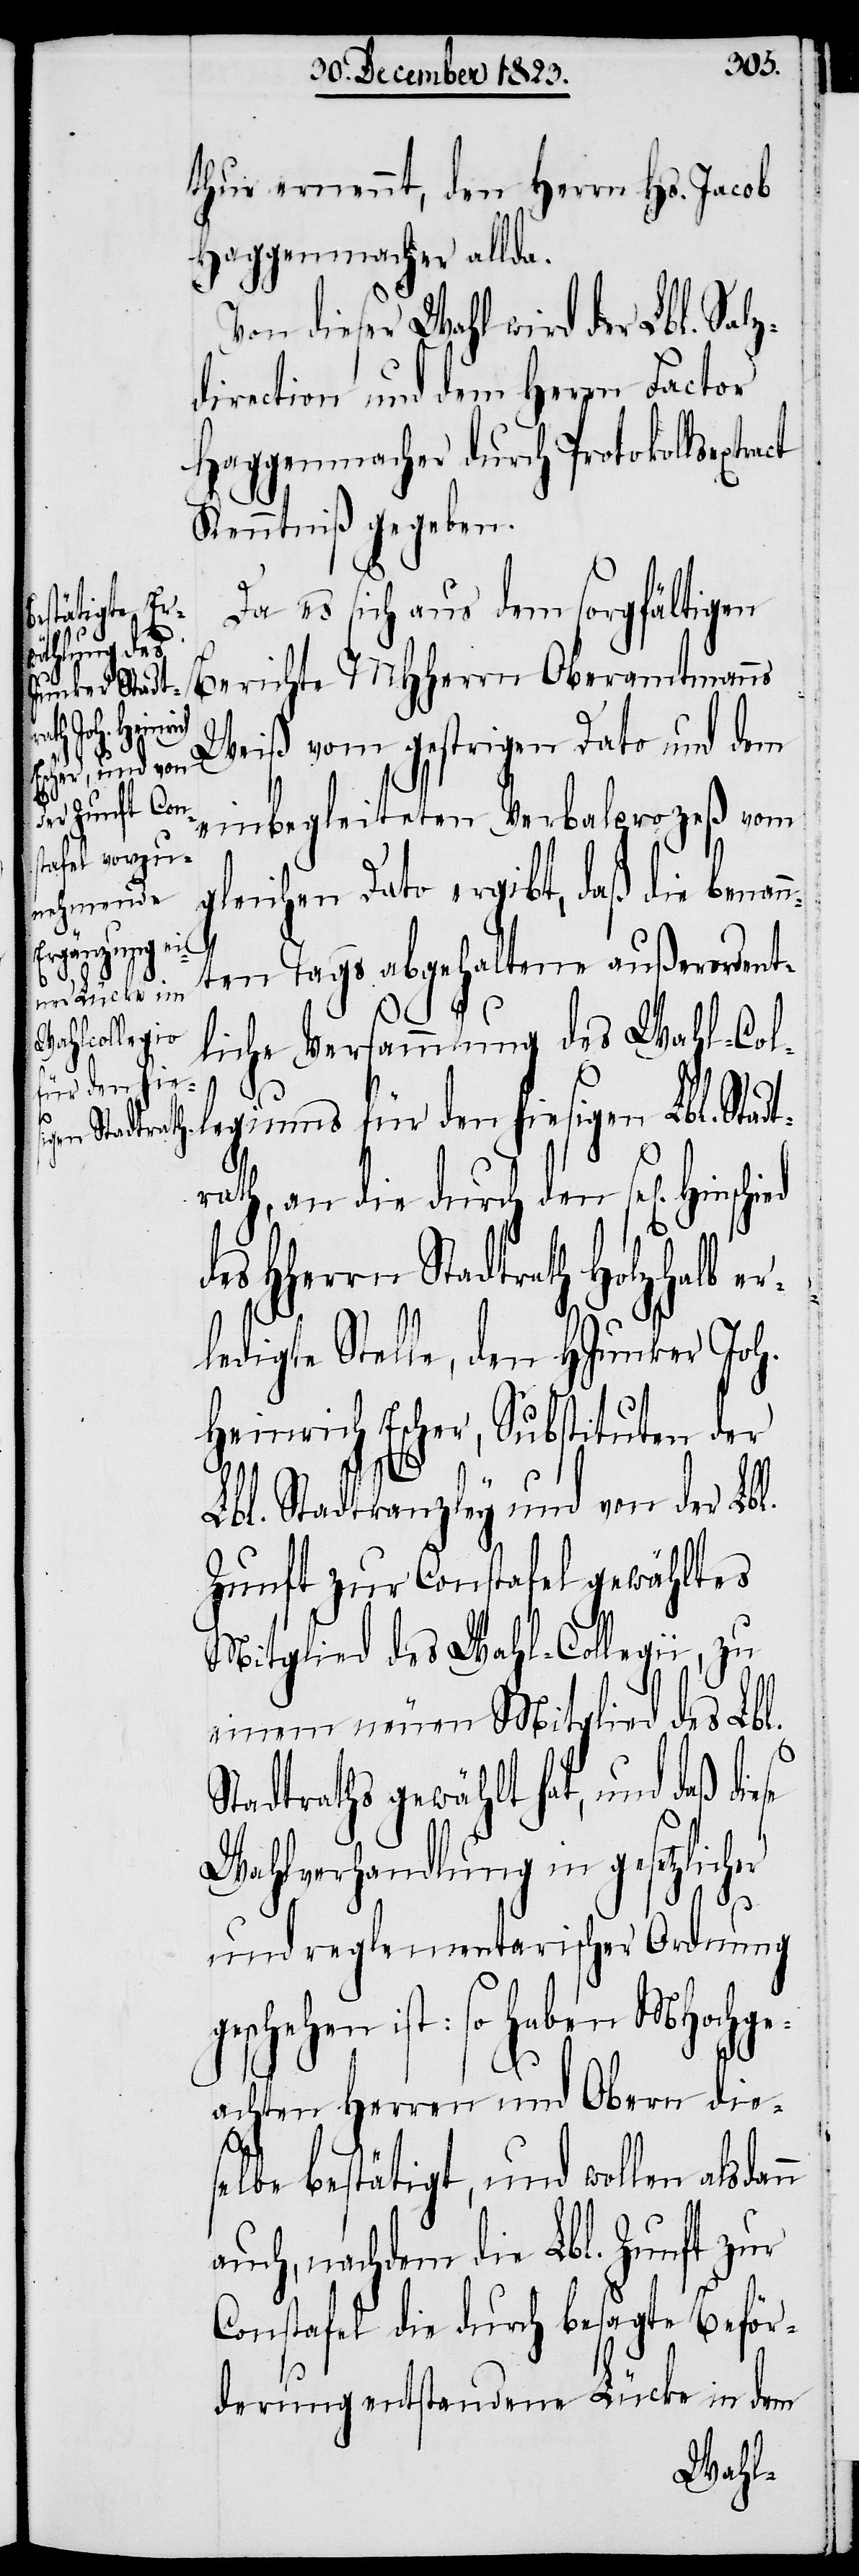
geschehen

thur ernennt, den Herrn Hs. Jacob
Haggenmacher allda.
Von dieser Wahl wird der Lbl. Salz¬
direction und dem Herrn Factor
Haggenmacher durch Protokollsextr¬
Kenntniß gegeben.
Da es sich aus dem sorgfältigen
Berichte MHHerrn Oberamtmanns
Weiß vom gestrigen Dato und dem
einbegleiteten Verbalprozeß vom
gleichen Dato ergibt, daß die benan¬
n¬
ten Tags abgehaltene außerordent¬
liche Versammlung des Wahl-Col¬
legiums für den hiesigen Lbl. Stadt¬
er
rath, an die durch den sel[igen]
s HHerrn Stadtrath Holzhalb e¬
rledigte Stelle, den HJunker Joh.
Heinrich Escher, Substituten der
Lbl. Stadtkanzley und von der Lbl.
Zunft zur Constafel gewähltes
Mitglied des Wahl-Collegii, zu
einem neuen Mitglied des Lbl.
Stadtraths gewählt hat, und daß die¬
Wahlverhandlung in gesetzlich¬
und reglementarischer Ordnung
ist: so haben MHochge¬
achten Herren und Obern dies¬
elbe bestätigt, und wollen alsdann
auch, nachdem die Lbl. Zunft zur
Constafel die durch besagte Beför¬
derung entstandene Lücke in dem